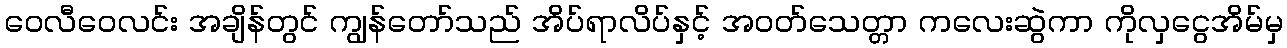
ဝေလီဝေလင်း အချိန်တွင် ကျွန်တော်သည် အိပ်ရာလိပ်နှင့် အဝတ်သေတ္တာ ကလေးဆွဲကာ ကိုလှငွေအိမ်မှ